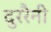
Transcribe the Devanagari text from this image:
दुररैनी